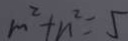
m ^ { 2 } + n ^ { 2 } = 5